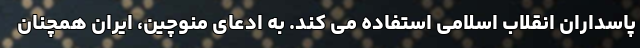
پاسداران انقلاب اسلامی استفاده می کند. به ادعای منوچین، ایران همچنان